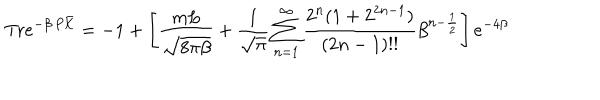
\mathrm { T r } e ^ { - \beta \, P \bar { \cal K } } = - 1 + \left[ \frac { m L } { \sqrt { 8 \pi \beta } } + \frac { 1 } { \sqrt { \pi } } \sum _ { n = 1 } ^ { \infty } \frac { 2 ^ { n } ( 1 + 2 ^ { 2 n - 1 } ) } { ( 2 n - 1 ) ! ! } \beta ^ { n - \frac { 1 } { 2 } } \right] e ^ { - 4 \beta }